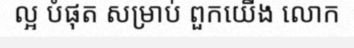
ល្អ បំផុត សម្រាប់ ពួកយើង លោក